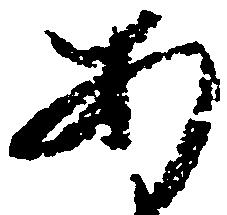
あ